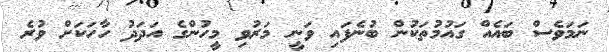
ނަމަވެސް ބައެއް ގައުމުތަކުން ބުނެފައި ވަނީ މަރުވި މީހުންގެ އަދަދު ހާހަކަށް ވުރެ